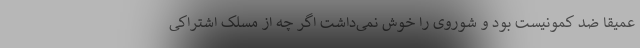
عمیقا ضد کمونیست بود و شوروی را خوش نمی‌داشت اگر چه از مسلک اشتراکی